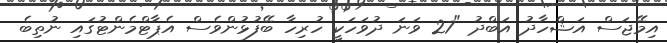
އިމޭޖަސް އަޝްހާދު އަބްދު "27 ވަނަ ދުވަހަކީ ހުރިހާ ބޭފުޅުންވެސް އެޕާޓްމެންޓުގައި ނުތިބެ